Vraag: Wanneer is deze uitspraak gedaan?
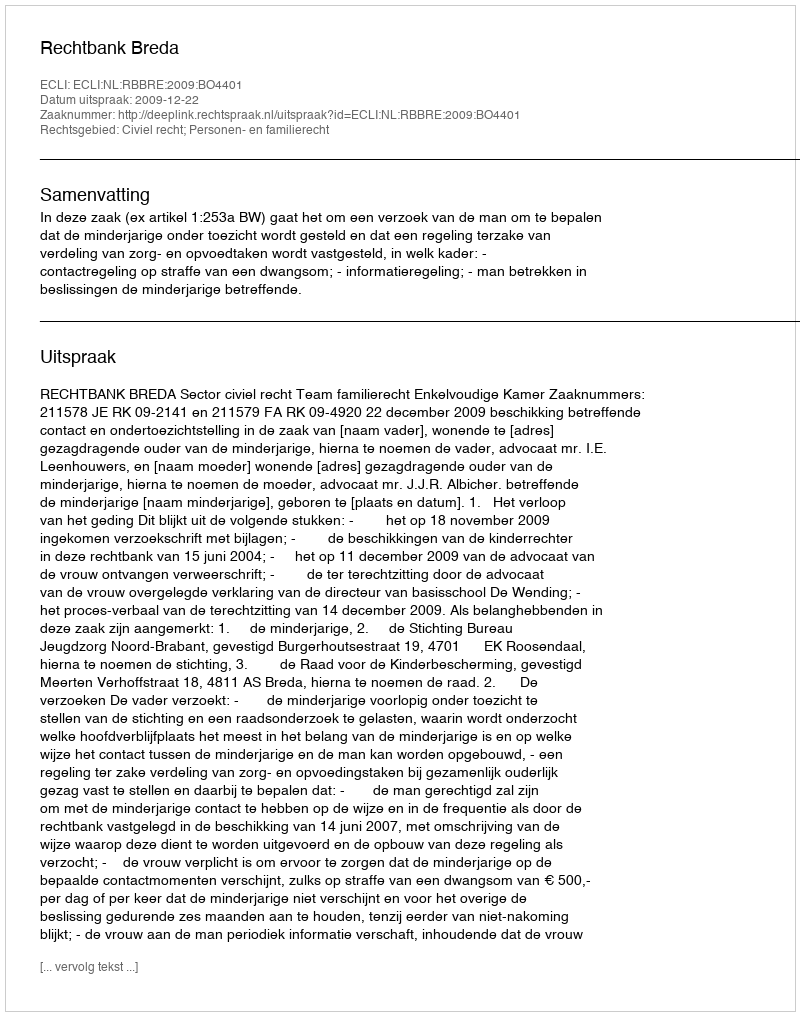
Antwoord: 2009-12-22